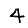
Digit: 4